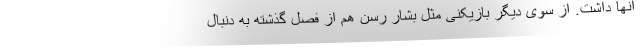
آنها داشت. از سوی دیگر بازیکنی مثل بشار رسن هم از فصل گذشته به دنبال